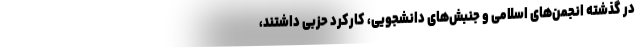
در گذشته انجمن‌های اسلامی و جنبش‌های دانشجویی، کارکرد حزبی داشتند،